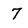
Character: 7